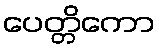
ပေတ္တိကော